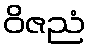
ဝိဇညံ